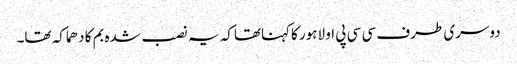
دوسری طرف سی سی پی او لاہور کاکہناتھاکہ یہ نصب شدہ بم کا دھماکہ تھا۔